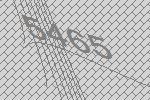
5465